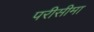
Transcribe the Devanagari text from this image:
परीसीमा